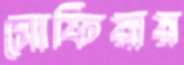
সোফিয়ায়